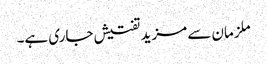
ملزمان سے مزید تفتیش جاری ہے۔